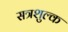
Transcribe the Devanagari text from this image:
सत्रशुल्क